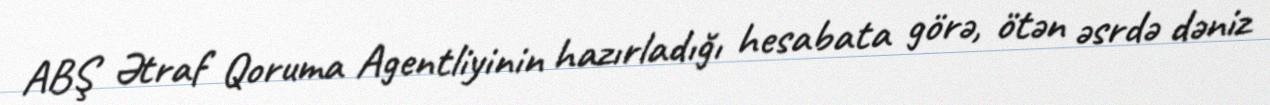
ABŞ Ətraf Qoruma Agentliyinin hazırladığı hesabata görə, ötən əsrdə dəniz